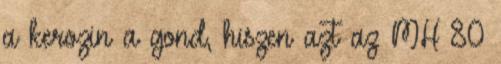
a kerozin a gond, hiszen azt az MH 80